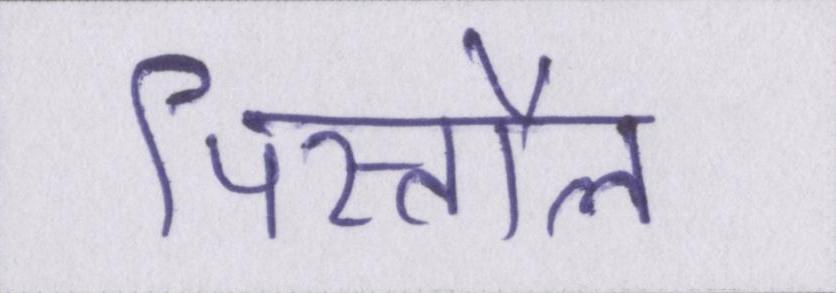
पिस्तौल